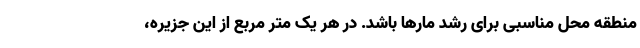
منطقه محل مناسبی برای رشد مارها باشد. در هر یک متر مربع از این جزیره،